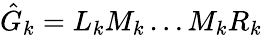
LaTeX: \hat{G}_{k}=L_{k}M_{k}\ldots M_{k}R_{k}